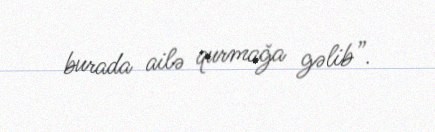
burada ailə qurmağa gəlib”.